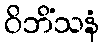
ဝိဘိံသနံ